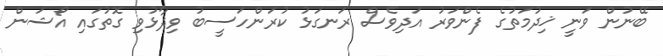
ބޭނުން ވަނީ ޚިދުމަތުގެ ފެންވަރު އަދިވެސް ރަނގަޅު ކުރަންހަސީބު ވިދާޅުވި ގޮތުގައި އޯޝަން